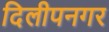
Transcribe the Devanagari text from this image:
दिलीपनगर